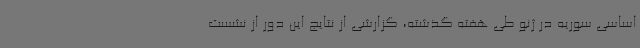
اساسی سوریه در ژنو طی هفته گذشته، گزارشی از نتایج این دور از نشست